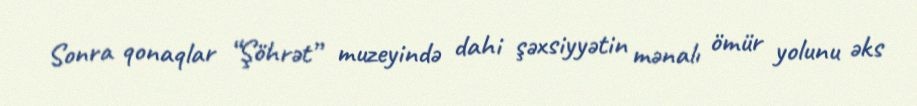
Sonra qonaqlar “Şöhrət” muzeyində dahi şəxsiyyətin mənalı ömür yolunu əks